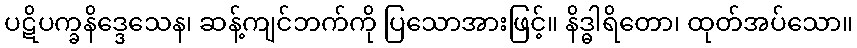
ပဋိပက္ခနိဒ္ဒေသေန၊ ဆန့်ကျင်ဘက်ကို ပြသောအားဖြင့်။ နိဒ္ဓါရိတော၊ ထုတ်အပ်သော။